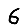
Digit: 6